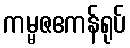
ကမ္မဇဧကန်ရုပ်